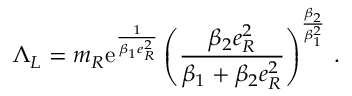
\Lambda _ { L } = m _ { R } \mathrm { e } ^ { \frac { 1 } { \beta _ { 1 } e _ { R } ^ { 2 } } } \left( \frac { \beta _ { 2 } e _ { R } ^ { 2 } } { \beta _ { 1 } + \beta _ { 2 } e _ { R } ^ { 2 } } \right) ^ { \frac { \beta _ { 2 } } { \beta _ { 1 } ^ { 2 } } } \, .